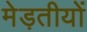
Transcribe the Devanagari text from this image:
मेड़तीयों